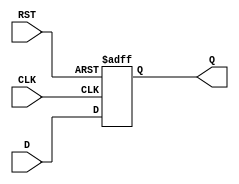
module InputRegister (
    input wire [N-1:0] D,      // Data input
    input wire CLK,            // Clock input
    input wire RST,            // Reset input
    output reg [N-1:0] Q       // Data output
);
    parameter N = 8;           // Parameter for data width, can be adjusted as needed

    // Asynchronous reset and edge-triggered data capture
    always @(posedge CLK or posedge RST) begin
        if (RST) begin
            Q <= {N{1'b0}};     // Reset output to 0
        end else begin
            Q <= D;             // Capture input data on clock edge
        end
    end

endmodule